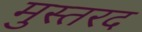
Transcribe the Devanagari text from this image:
मुस्तरद